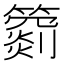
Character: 𥵲